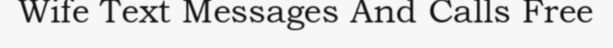
Wife Text Messages And Calls Free